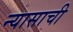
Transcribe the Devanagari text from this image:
न्यासाची